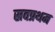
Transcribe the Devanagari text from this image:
स्रवप्रथम